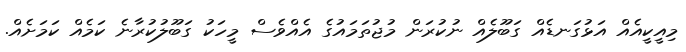
މިއީކީއެއް އަޅުގަނޑެއް ގަބޫލެއް ނުކުރަން މުޖުތަމައުގެ އެއްވެސް މީހަކު ގަބޫލުކުރާނެ ކަމެއް ކަމަށެއް.